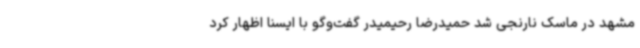
مشهد در ماسک نارنجی شد حمیدرضا رحیمیدر گفت‌وگو با ایسنا اظهار کرد